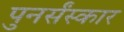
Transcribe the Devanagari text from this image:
पुनर्संस्कार